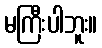
မကြီးပါဘူး။